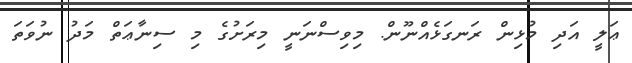
ޢަލީ އަދި މުޅިން ރަނގަޅެއްނޫން. މިވިސްނަނީ މިރަށުގެ މި ސިނާޢަތް މަދު ނުވަތަ